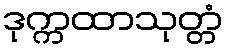
ဒုက္ကထာသုတ္တံ